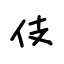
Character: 伎